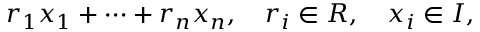
r _ { 1 } x _ { 1 } + \cdots + r _ { n } x _ { n } , \quad r _ { i } \in R , \quad x _ { i } \in I ,